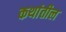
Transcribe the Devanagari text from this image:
कथांतील